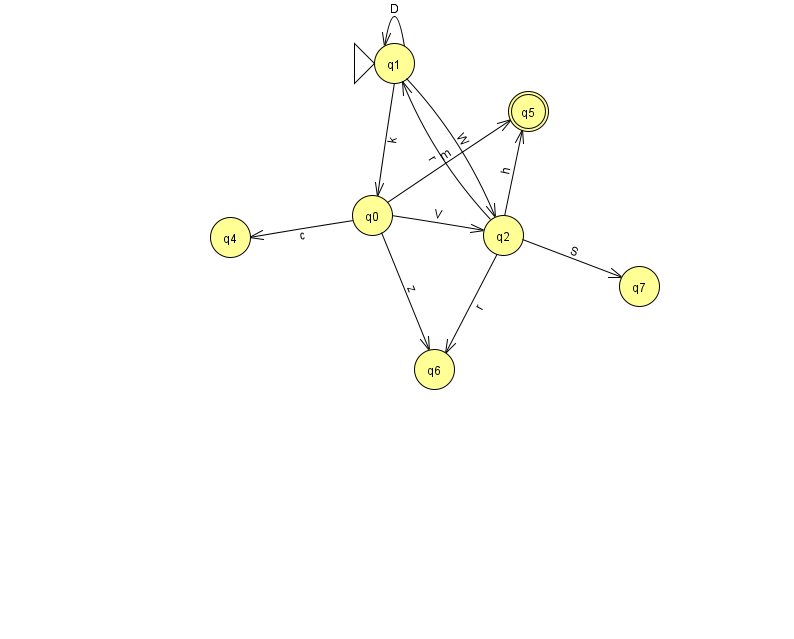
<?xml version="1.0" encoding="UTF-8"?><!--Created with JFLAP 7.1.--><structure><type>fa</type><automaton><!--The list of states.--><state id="0" name="q0"><x>372.0</x><y>202.0</y></state><state id="1" name="q1"><x>394.0</x><y>50.0</y><initial/></state><state id="2" name="q2"><x>503.0</x><y>222.0</y></state><state id="4" name="q4"><x>230.0</x><y>224.0</y></state><state id="5" name="q5"><x>528.0</x><y>98.0</y><final/></state><state id="6" name="q6"><x>434.0</x><y>356.0</y></state><state id="7" name="q7"><x>639.0</x><y>273.0</y></state><!--The list of transitions.--><transition><from>2</from><to>5</to><read>h</read></transition><transition><from>0</from><to>4</to><read>c</read></transition><transition><from>1</from><to>1</to><read>D</read></transition><transition><from>2</from><to>7</to><read>S</read></transition><transition><from>0</from><to>2</to><read>V</read></transition><transition><from>0</from><to>5</to><read>m</read></transition><transition><from>0</from><to>6</to><read>z</read></transition><transition><from>2</from><to>1</to><read>r</read></transition><transition><from>1</from><to>2</to><read>W</read></transition><transition><from>2</from><to>6</to><read>r</read></transition><transition><from>1</from><to>0</to><read>k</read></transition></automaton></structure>